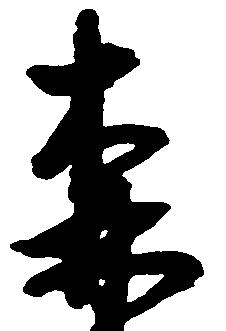
森